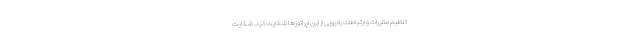
تنظیم مقررات و ارتباطات رادیویی از این اپراتورها شکایت کرد. شکایت